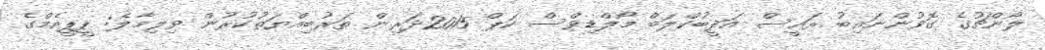
ލޯންޗުގެ ގޮވުންނައިބު ރައީސް އަދީބުކްލަބް މޯލްޑިވްސް ކަޕް 2015ދަރިން ތަރުބިއްޔަތުކުރުން ވިލިމާލެ: ޕީޕީއެމްގެ